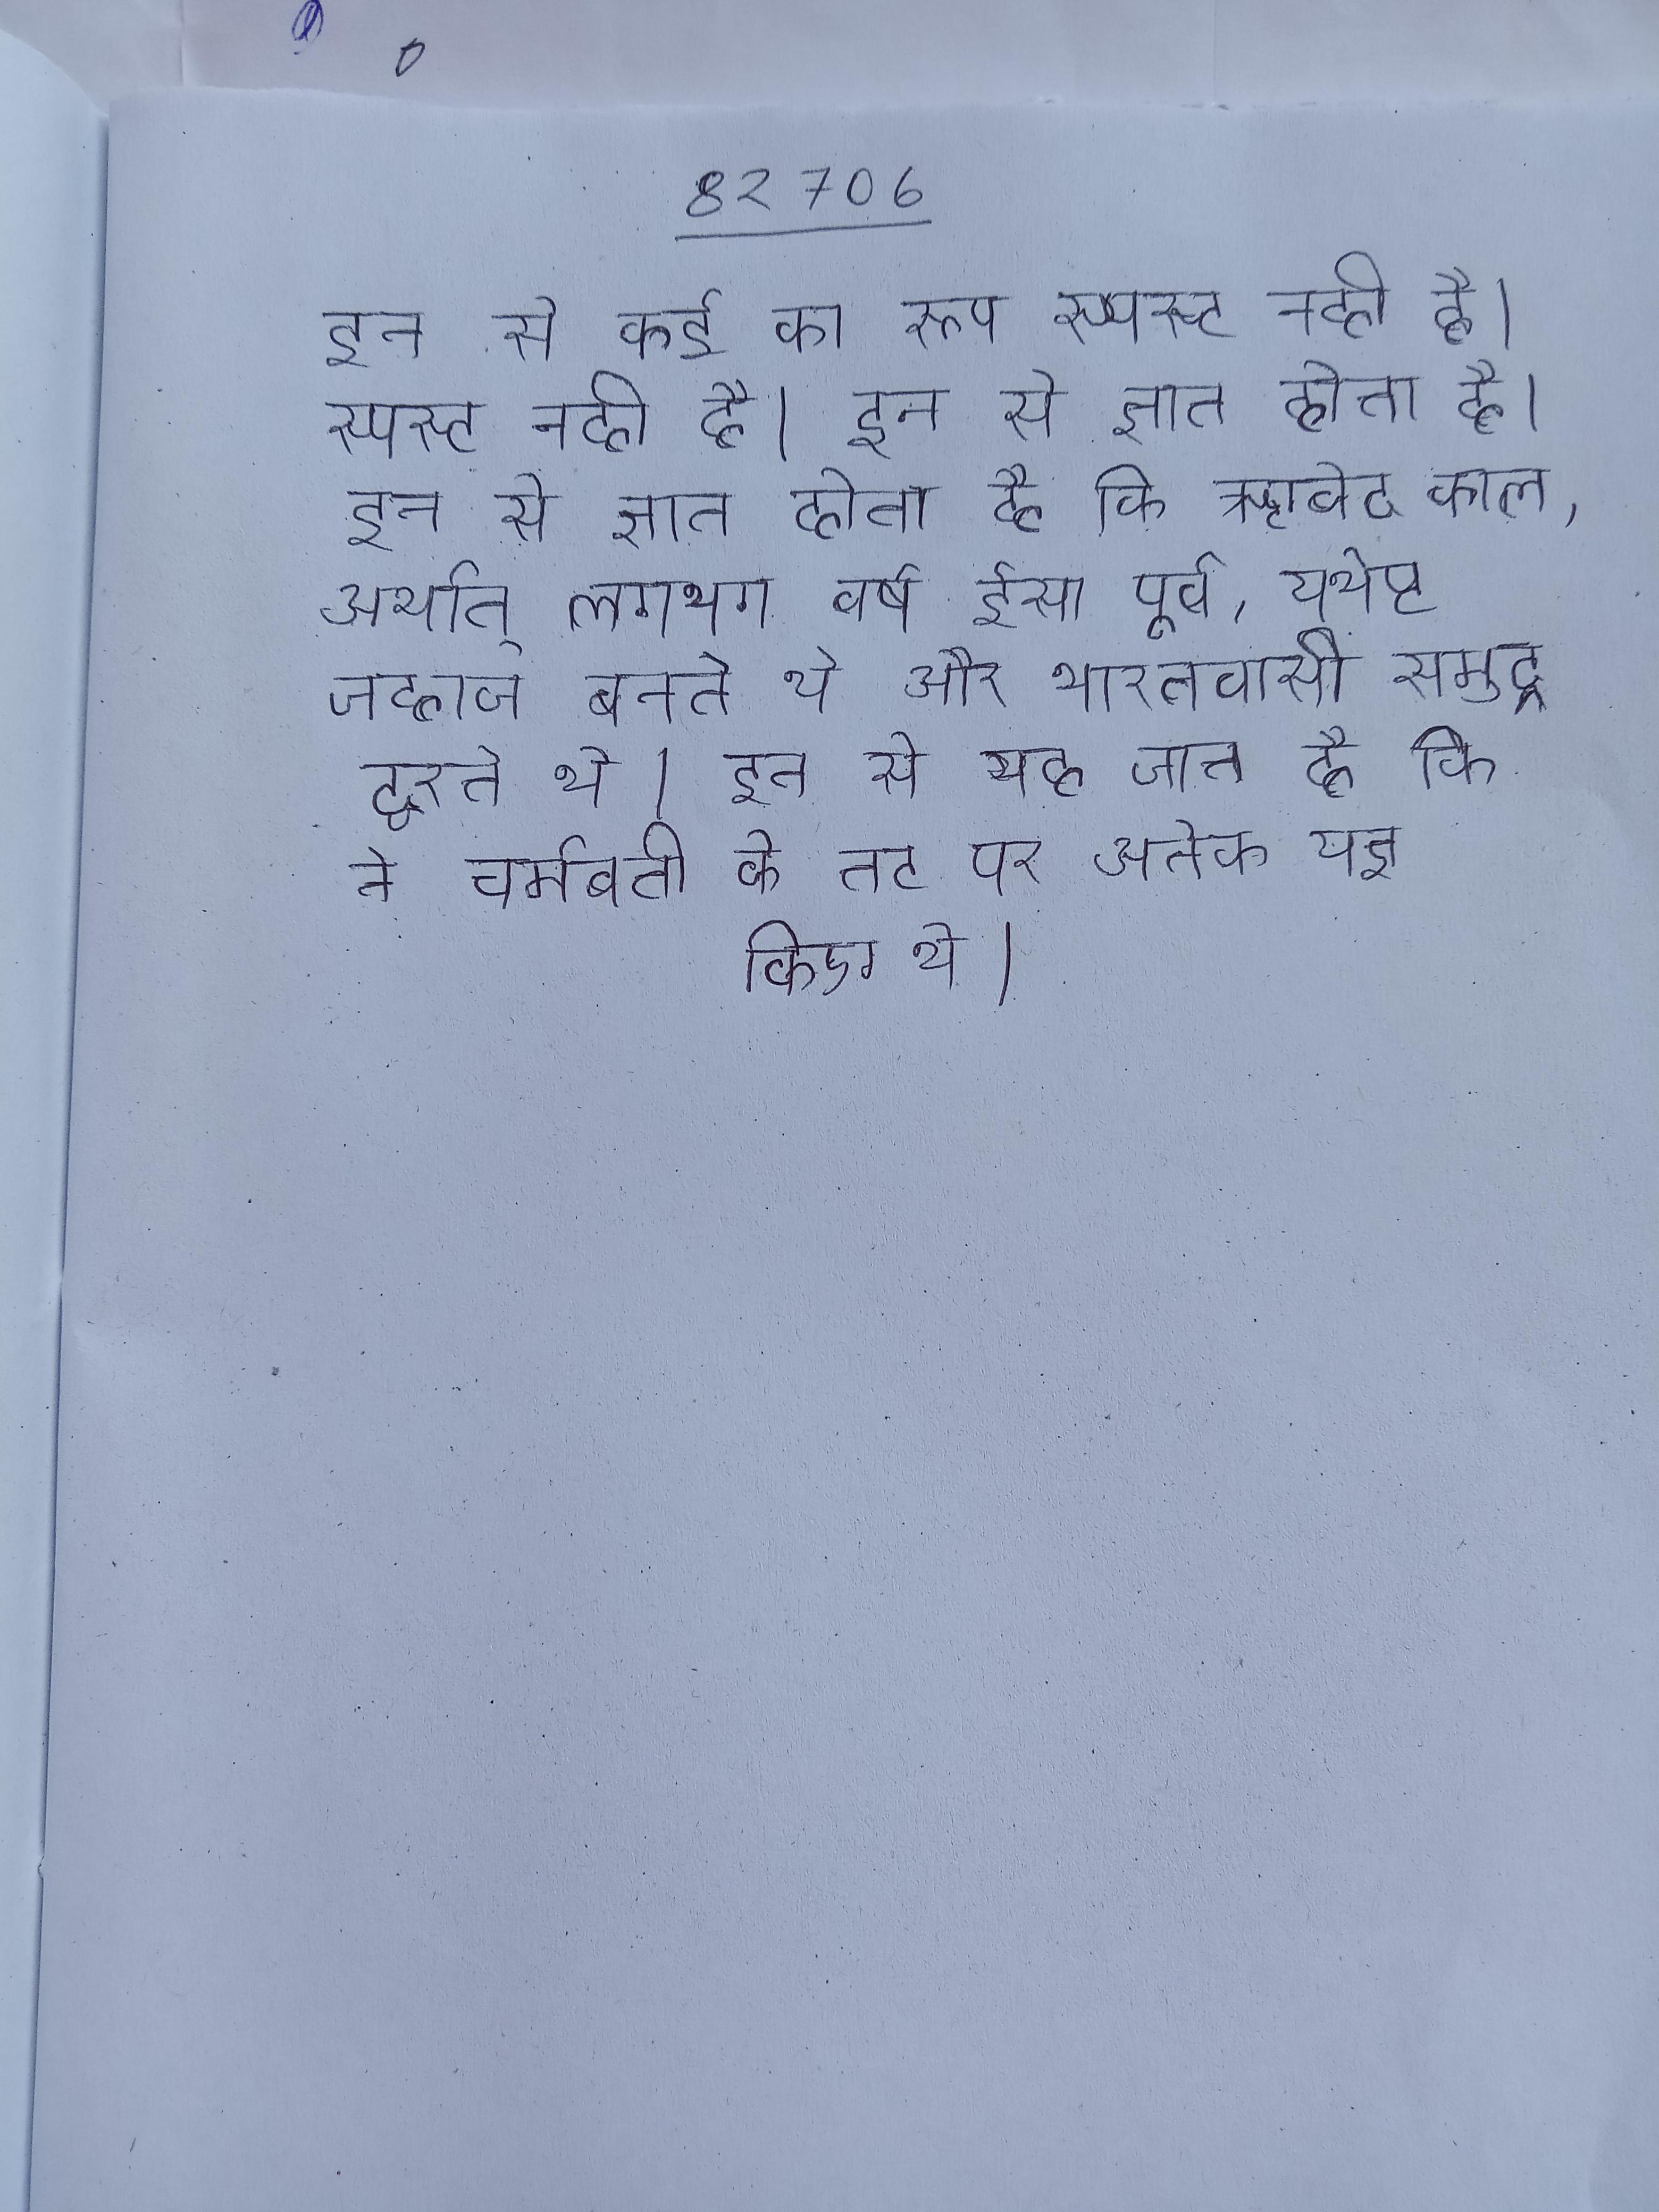
इन से कई का रूप स्पस्ट नही है । इन से ज्ञात होता है कि ऋग्वेद काल, अर्थात् लगभग वर्ष ईसा पूर्व, यथेष्ट जहाज बनते थे और भारतवासी समुद्र द्वारा दूर की यात्रा करते थे । इन से यह जान है कि ने चर्मवती के तट पर अनेक यज्ञ किए थे ।